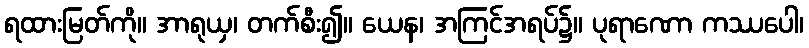
ရထားမြတ်ကို။ အာရုယှ၊ တက်စီး၍။ ယေန၊ အကြင်အရပ်၌။ ပုရာဏော ကဿပေါ၊